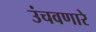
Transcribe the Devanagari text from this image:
उंचवणारे